Indian journal of veterinary science and animal husbandry - Volumes 26-27, 1956-1957
Year: 1956
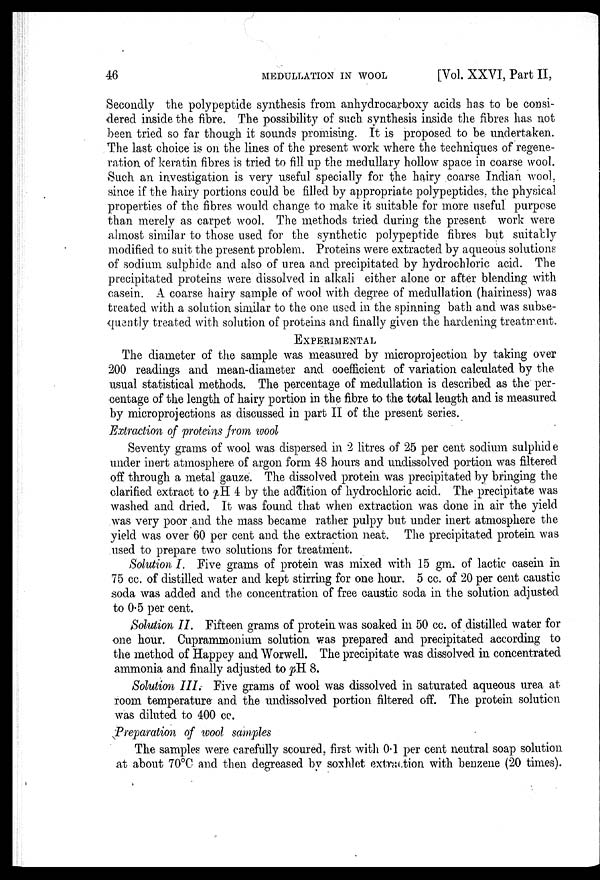
46
MEDULLATION
IN
WOOL
[Vol. XXVI, Part II,
Secondly the polypeptide synthesis from anhydrocarboxy acids has to be consi-
dered inside the fibre. The possibility of such synthesis inside the fibres has not
been tried so far though it sounds promising. It is proposed to be undertaken.
The last choice is on the lines of the present work where the techniques of regene-
ration of keratin fibres is tried to fill up the medullary hollow space in coarse wool.
Such an investigation is very useful specially for the hairy coarse Indian wool,
since if the hairy portions could be filled by appropriate polypeptides, the physical
properties of the fibres would change to make it suitable for more useful purpose
than merely as carpet wool. The methods tried during the present work were
almost similar to those used for the synthetic polypeptide fibres but suitably
modified to suit the present problem. Proteins were extracted by aqueous solutions
of sodium sulphide and also of urea and precipitated by hydrochloric acid. The
precipitated proteins were dissolved in alkali either alone or after blending with
casein. A coarse hairy sample of wool with degree of medullation (hairiness) was
treated with a solution similar to the one used in the spinning bath and was subse-
quently treated with solution of proteins and finally given the hardening treatment.
EXPERIMENTAL
The diameter of the sample was measured by microprojection by taking over
200 readings and mean-diameter and coefficient of variation calculated by the
usual statistical methods. The percentage of medullation is described as the per-
centage of the length of hairy portion in the fibre to the total length and is measured
by microprojections as discussed in part II of the present series.
Extraction of proteins from wool
Seventy grams of wool was dispersed in 2 litres of 25 per cent sodium sulphide
under inert atmosphere of argon form 48 hours and undissolved portion was filtered
off through a metal gauze. The dissolved protein was precipitated by bringing the
clarified extract to pH 4 by the addition of hydrochloric acid. The precipitate was
washed and dried. It was found that when extraction was done in air the yield
was very poor and the mass became rather pulpy but under inert atmosphere the
yield was over 60 per cent and the extraction neat. The precipitated protein was
used to prepare two solutions for treatment.
Solution I. Five grams of protein was mixed with 15 gm. of lactic casein in
75 cc. of distilled water and kept stirring for one hour. 5 cc. of 20 per cent caustic
soda was added and the concentration of free caustic soda in the solution adjusted
to 0.5 per cent.
Solution II. Fifteen grams of protein was soaked in 50 cc. of distilled water for
one hour. Cuprammonium solution was prepared and precipitated according to
the method of Happey and Worwell. The precipitate was dissolved in concentrated
ammonia and finally adjusted to pH 8.
Solution III. Five grams of wool was dissolved in saturated aqueous urea at
room temperature and the undissolved portion filtered off. The protein solution
was diluted to 400 cc.
Preparation of wool samples
The samples were carefully scoured, first with 0.1 per cent neutral soap solution
at about 70°C and then degreased by soxhlet extraction with benzene (20 times).